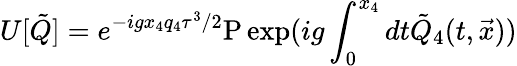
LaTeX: U[{\tilde{Q}}]=e^{-igx_{4}q_{4}\tau^{3}/2}\mathrm{P}\exp(ig\int_{0}^{x_{4}}dt{\tilde{Q}}_{4}(t,{\vec{x}}))